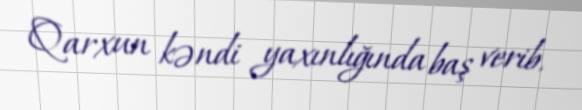
Qarxun kəndi yaxınlığında baş verib.